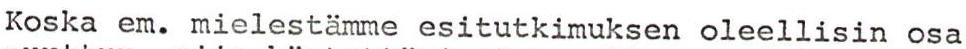
Koska em. mielestämme esitutkimuksen oleellisin osa